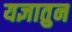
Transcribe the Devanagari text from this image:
यज्ञातुन